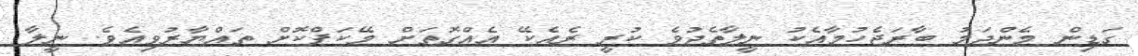
ގަޑިން މެންދަމު ބާރަޖެހުމާއެކު ނީލާތެދުވެ ކުރީ ރެއެކޭ އެއްގޮތަށް މޭކަޕްކޮށް ތައްޔާރުވިއެވެ. ނީލާ